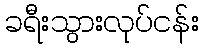
ခရီးသွားလုပ်ငန်း